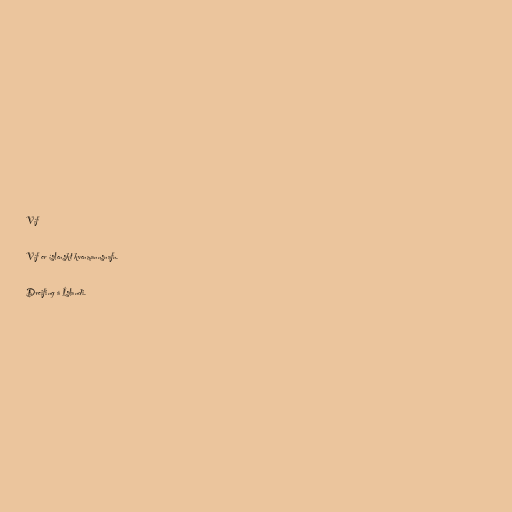
Víf

Víf er íslenskt kvenmannsnafn.

Dreifing á Íslandi.